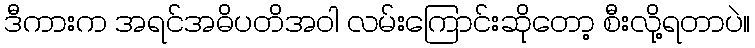
ဒီကားက အရင်အဓိပတိအဝါ လမ်းကြောင်းဆိုတော့ စီးလို့ရတာပဲ။